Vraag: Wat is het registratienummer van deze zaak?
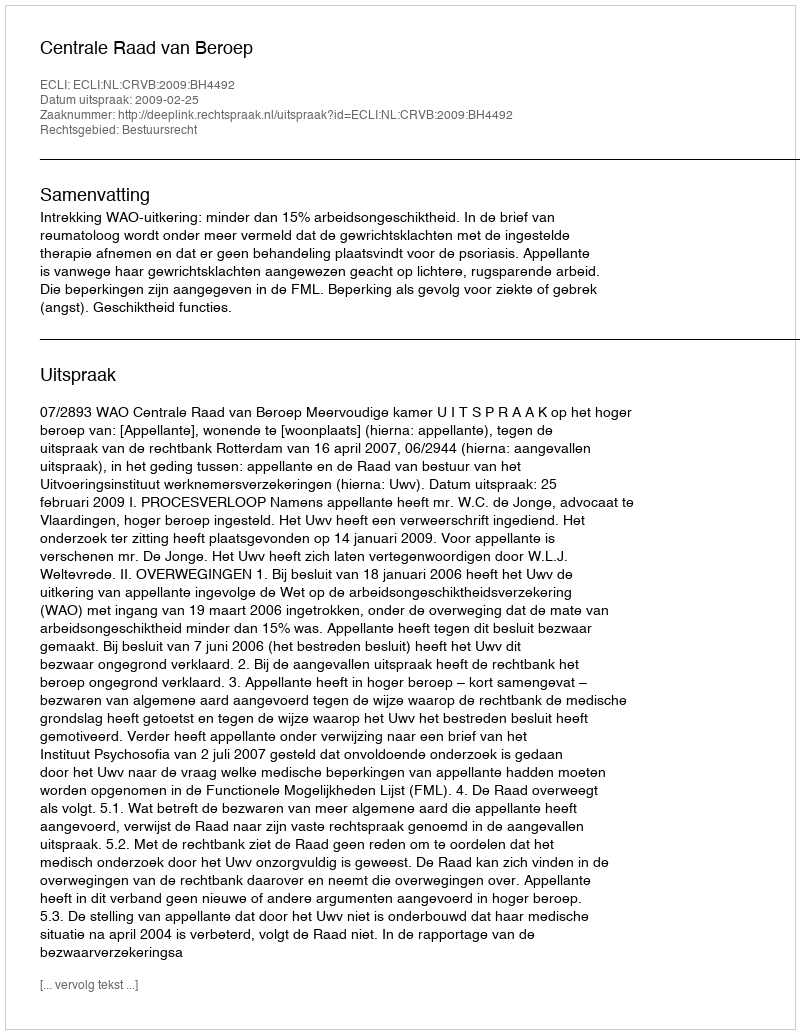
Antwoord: http://deeplink.rechtspraak.nl/uitspraak?id=ECLI:NL:CRVB:2009:BH4492